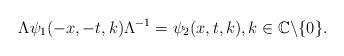
LaTeX: \begin{align*} \Lambda\psi_{1}(-x,-t,k)\Lambda^{-1}=\psi_2(x,t,k), k\in\mathbb{C}\backslash\{0\}. \end{align*}